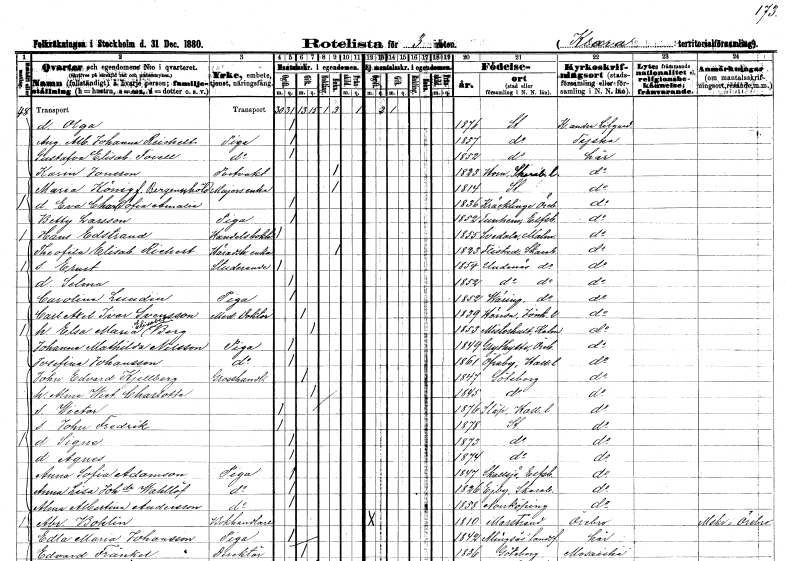
gt_parse: households: individuals: FN: Olga
KON: K
CIV: O
FODAR: 1876
FODFORS: Stockholm
FN: Augusta Albertina Johanna
EN: Reichelt
YRKE: Piga
KON: K
CIV: O
FODAR: 1857
FODFORS: Stockholm
FN: Gustafva Elisabet
EN: Forell
YRKE: Piga
KON: K
CIV: O
FODAR: 1852
FODFORS: Stockholm
FN: Karin
EN: Jonsson
YRKE: Portvakt
KON: K
CIV: E
FODAR: 1823
FODFORS: Horn Skaraborgs län
FN: Maria
EN: Köning Bergenschöld
YRKE: Majorsänka
KON: K
CIV: E
FODAR: 1814
FODFORS: Stockholm
FN: Eva Charlotta Sofia Amalia
KON: K
CIV: O
FODAR: 1836
FODFORS: Kräcklinge Örebro län
FN: Betty
EN: Larsson
YRKE: Piga
KON: K
CIV: O
FODAR: 1852
FODFORS: Tunhem Älvsborgs län
FN: Hans
EN: Edstrand
YRKE: Handelsbokhållare
KON: M
CIV: O
FODAR: 1855
FODFORS: Svedala Malmöhus län
FN: Theofila Elisabet
EN: Richert
YRKE: Häradsh.änka
KON: K
CIV: E
FODAR: 1823
FODFORS: Flistad Skaraborgs län
FN: Ernst
YRKE: Studerande
KON: M
CIV: O
FODAR: 1854
FODFORS: Undenäs Skaraborgs län
FN: Selma
KON: K
CIV: O
FODAR: 1852
FODFORS: Undenäs Skaraborgs län
FN: Carolina
EN: Lundin
YRKE: Piga
KON: K
CIV: O
FODAR: 1852
FODFORS: Väring Skaraborgs län
FN: Carl Axel Ivar
EN: Svensson
YRKE: Medicine doktor
KON: M
CIV: G
FODAR: 1839
FODFORS: Höreda Jönköpings län
FN: Elsa Maria Elisabet
EN: Berg
KON: K
CIV: G
FODAR: 1853
FODFORS: Misterhult Kalmar län
FN: Johanna Mathilda
EN: Nilsson
YRKE: Piga
KON: K
CIV: O
FODAR: 1849
FODFORS: Grythyttan Örebro län
FN: Josefina
EN: Johansson
YRKE: Piga
KON: K
CIV: O
FODAR: 1861
FODFORS: Övraby Hallands län
FN: John Edvard
EN: Kjellberg
YRKE: Grosshandlare
KON: M
CIV: G
FODAR: 1847
FODFORS: Göteborg Göteborgs- och Bohuslän
FN: Alma Wictoria Charlotta
KON: K
CIV: G
FODAR: 1845
FODFORS: Göteborg Göteborgs- och Bohuslän
FN: Wictor
KON: M
CIV: O
FODAR: 1876
FODFORS: Släp Hallands län
FN: John Fredrik
KON: M
CIV: O
FODAR: 1878
FODFORS: Stockholm
FN: Signe
KON: K
CIV: O
FODAR: 1873
FODFORS: Stockholm
FN: Agnes
KON: K
CIV: O
FODAR: 1874
FODFORS: Stockholm
FN: Anna Sofia
EN: Adamson
YRKE: Piga
KON: K
CIV: O
FODAR: 1847
FODFORS: Skallsjö Älvsborgs län
FN: Anna Lisa
EN: Joh:dr Wahlöf
YRKE: Piga
KON: K
CIV: O
FODAR: 1826
FODFORS: Eggby Skaraborgs län
FN: Alma Albertina
EN: Andersson
YRKE: Piga
KON: K
CIV: O
FODAR: 1858
FODFORS: Norrköping Östergötlands län
FN: Abraham
EN: Bohlin
YRKE: Bokhandlare
KON: M
CIV: O
FODAR: 1810
FODFORS: Marstrand Göteborgs- och Bohuslän
FN: Edla Maria
EN: Johansson
YRKE: Piga
KON: K
CIV: O
FODAR: 1842
FODFORS: Alingsås landsförsamling Älvsborgs län
FN: Edvard
EN: Fränkel
YRKE: Direktör
KON: M
CIV: G
FODAR: 1836
FODFORS: Göteborg Göteborgs- och Bohuslän